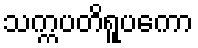
သက္ကပတိရူပကော